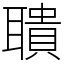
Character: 聵